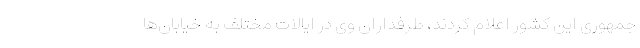
جمهوری این کشور اعلام کردند، طرفداران وی در ایالات مختلف به خیابان‌ها